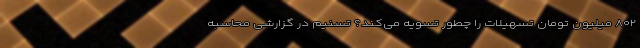
۸۰۲ میلیون تومان تسهیلات را چطور تسویه می‌کند؟ تسنیم در گزارشی محاسبه